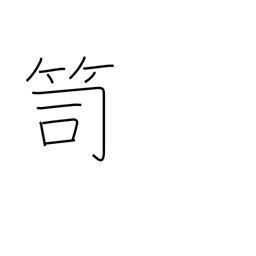
Meaning: clothes chest